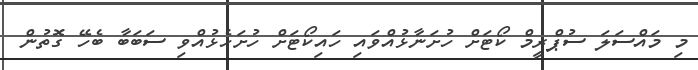
މި މައްސަލަ ސުޕްރީމް ކޯޓަށް ހުށަނާޅުއްވައި ހައިކޯޓަށް ހުށަހެޅުއްވި ސަބަބާ ބެހޭ ގޮތުން